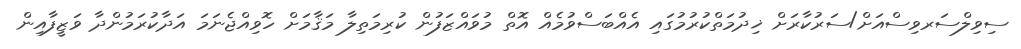
ސިވިލްސަރވިސްއަށް/ސަރުކާރަށް ޚިދުމަތްކުރުމުގައި އެއްބަސްވުމެއް އޮތް މުވައްޒަފުން ކުރިމަތިލާ މަޤާމަށް ހޮވިއްޖެނަމަ އަދާކުރަމުންދާ ވަޒީފާއިން